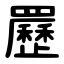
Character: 䍥